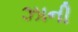
ઝાની